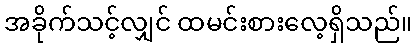
အခိုက်သင့်လျှင် ထမင်းစားလေ့ရှိသည်။